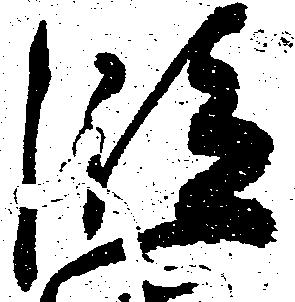
段